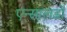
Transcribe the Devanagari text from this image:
एन्सालडो